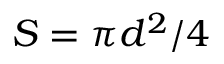
S = \pi d ^ { 2 } / 4